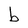
Character: b